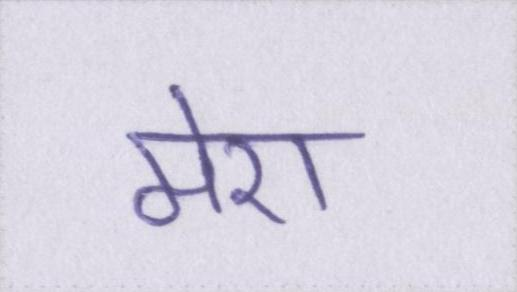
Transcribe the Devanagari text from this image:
मेरा